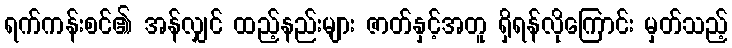
ရက်ကန်းစင်၏ အန်လျှင် ထည့်နည်းများ ဇာတ်နှင့်အတူ ရှိရန်လိုကြောင်း မှတ်သည့်